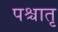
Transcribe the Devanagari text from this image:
पश्चातृ